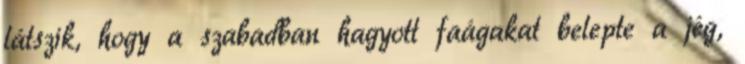
látszik, hogy a szabadban hagyott faágakat belepte a jég,